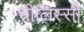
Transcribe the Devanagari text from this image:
चीलिस्सी